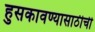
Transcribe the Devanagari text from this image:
हुसकावण्यासाठीची